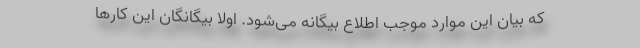
که بیان این موارد موجب اطلاع بیگانه می‌شود. اولاً بیگانگان این کارها